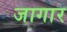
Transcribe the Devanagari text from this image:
जागार